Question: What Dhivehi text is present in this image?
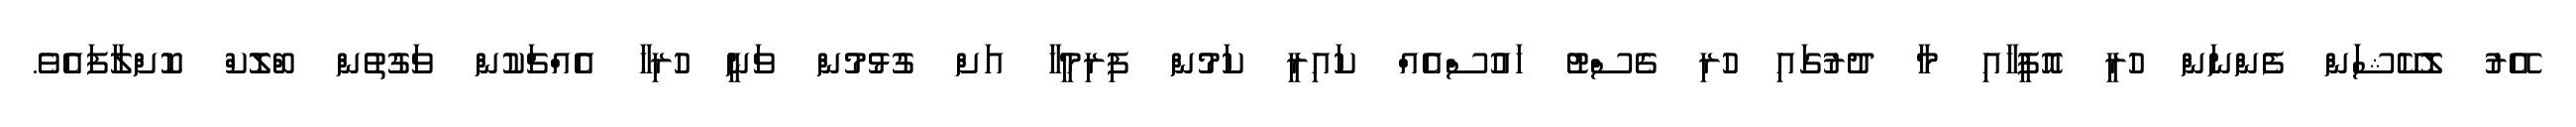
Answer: އޭރު ލޮކޭޝަަން ފެންނަން ހުރީ އޮފީހާއި މާ ދުރުގައި ހުރި ގެސްޓު ހައުސްއެއް ކައިރީ ކަމުން ފިރިމީހާ އަށް ގުޅުމުން ވަނީ ހުރިހާ އެއްޗަކުން ވަގުތުން ބްލޮކް ކޮށްލާފައެވެ.